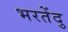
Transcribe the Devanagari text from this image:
भरतेंदु